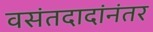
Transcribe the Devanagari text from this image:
वसंतदादांनंतर